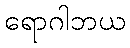
ရောဂါဘယ